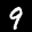
Label: 9